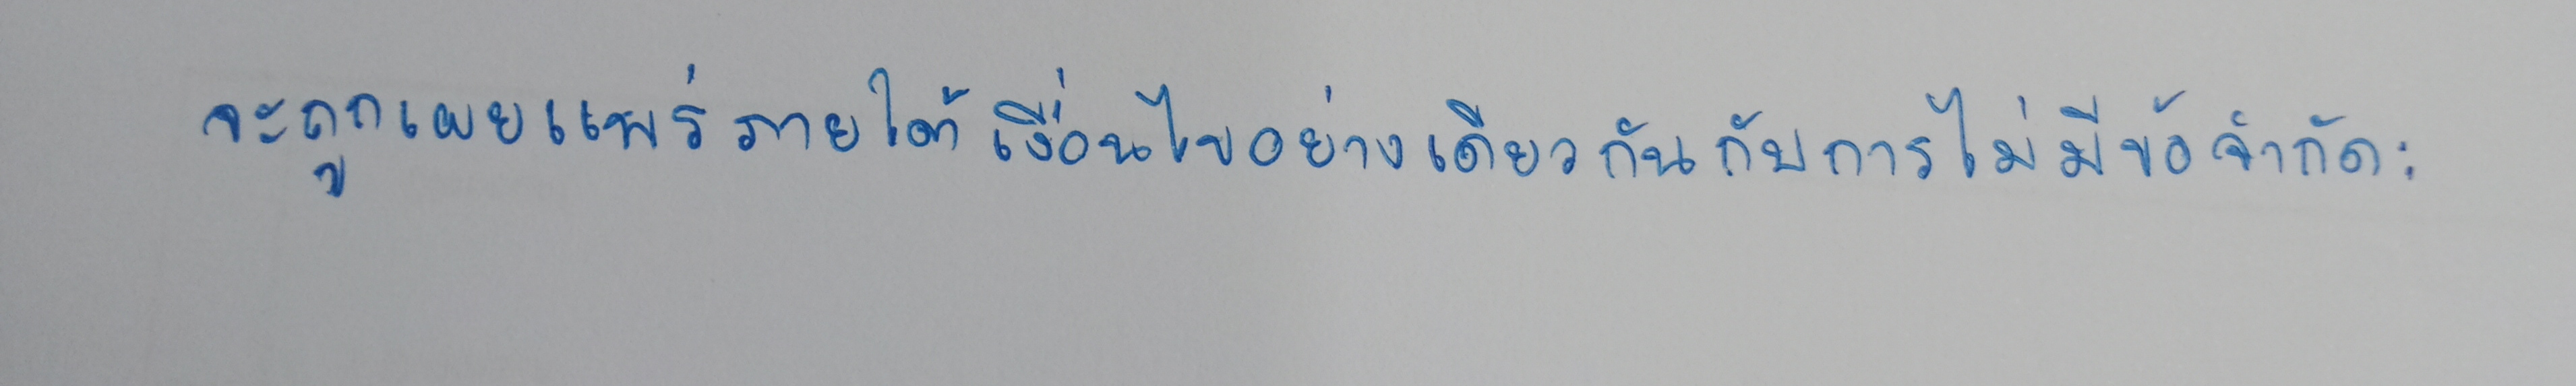
จะถูกเผยแพร่ภายใต้เงื่อนไขอย่างเดียวกันกับการไม่มีข้อจำกัด: